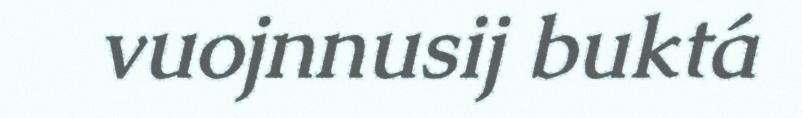
vuojnnusij buktá